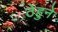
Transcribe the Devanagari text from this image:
ठेहुने